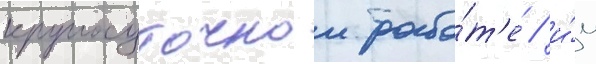
круглосуточнои рабо́т'е / и́м